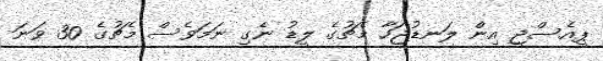
ޕީއެސްޖީ އިން ލަނޑުޖަހާ މެޗުގެ ލީޑު ނެގި ނަމަވެސް މެޗުގެ 30 ވަނަ